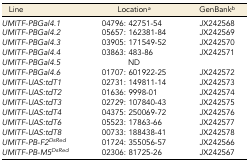
<table><thead><tr><td><b>Line</b></td><td><b>Location<i><sup>a</sup></i></b></td><td><b>GenBank<i><sup>b</sup></i></b></td></tr></thead><tbody><tr><td><i>UMITF-PBGal4.1</i></td><td>04796: 42751-54</td><td>JX242568</td></tr><tr><td><i>UMITF-PBGal4.2</i></td><td>05657: 162381-84</td><td>JX242569</td></tr><tr><td><i>UMITF-PBGal4.3</i></td><td>03905: 171549-52</td><td>JX242570</td></tr><tr><td><i>UMITF-PBGal4.4</i></td><td>03863: 483-86</td><td>JX242571</td></tr><tr><td><i>UMITF-PBGal4.5</i></td><td>ND</td><td></td></tr><tr><td><i>UMITF-PBGal4.6</i></td><td>01707: 601922-25</td><td>JX242572</td></tr><tr><td><i>UMITF-UAS:tdT1</i></td><td>02731: 149811-14</td><td>JX242573</td></tr><tr><td><i>UMITF-UAS:tdT2</i></td><td>01636: 9998-01</td><td>JX242574</td></tr><tr><td><i>UMITF-UAS:tdT3</i></td><td>02729: 107840-43</td><td>JX242575</td></tr><tr><td><i>UMITF-UAS:tdT4</i></td><td>04375: 250069-72</td><td>JX242576</td></tr><tr><td><i>UMITF-UAS:tdT6</i></td><td>05523: 17863-66</td><td>JX242577</td></tr><tr><td><i>UMITF-UAS:tdT8</i></td><td>00733: 188438-41</td><td>JX242578</td></tr><tr><td><i>UMITF-PB-F2<sup>DsRed</sup></i></td><td>01724: 355056-57</td><td>JX242566</td></tr><tr><td><i>UMITF-PB-M5<sup>DsRed</sup></i></td><td>02306: 81725-26</td><td>JX242567</td></tr></tbody></table>